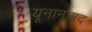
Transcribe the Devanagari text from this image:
यूनानवाद